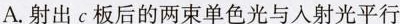
A.射出c板后的两束单色光与入射光平行